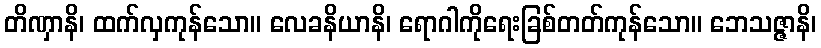
တိဏှာနိ၊ ထက်လှကုန်သော။ လေခနိယာနိ၊ ရောဂါကိုရေးခြစ်တတ်ကုန်သော။ ဘေသဇ္ဇာနိ၊